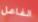
الفاعل